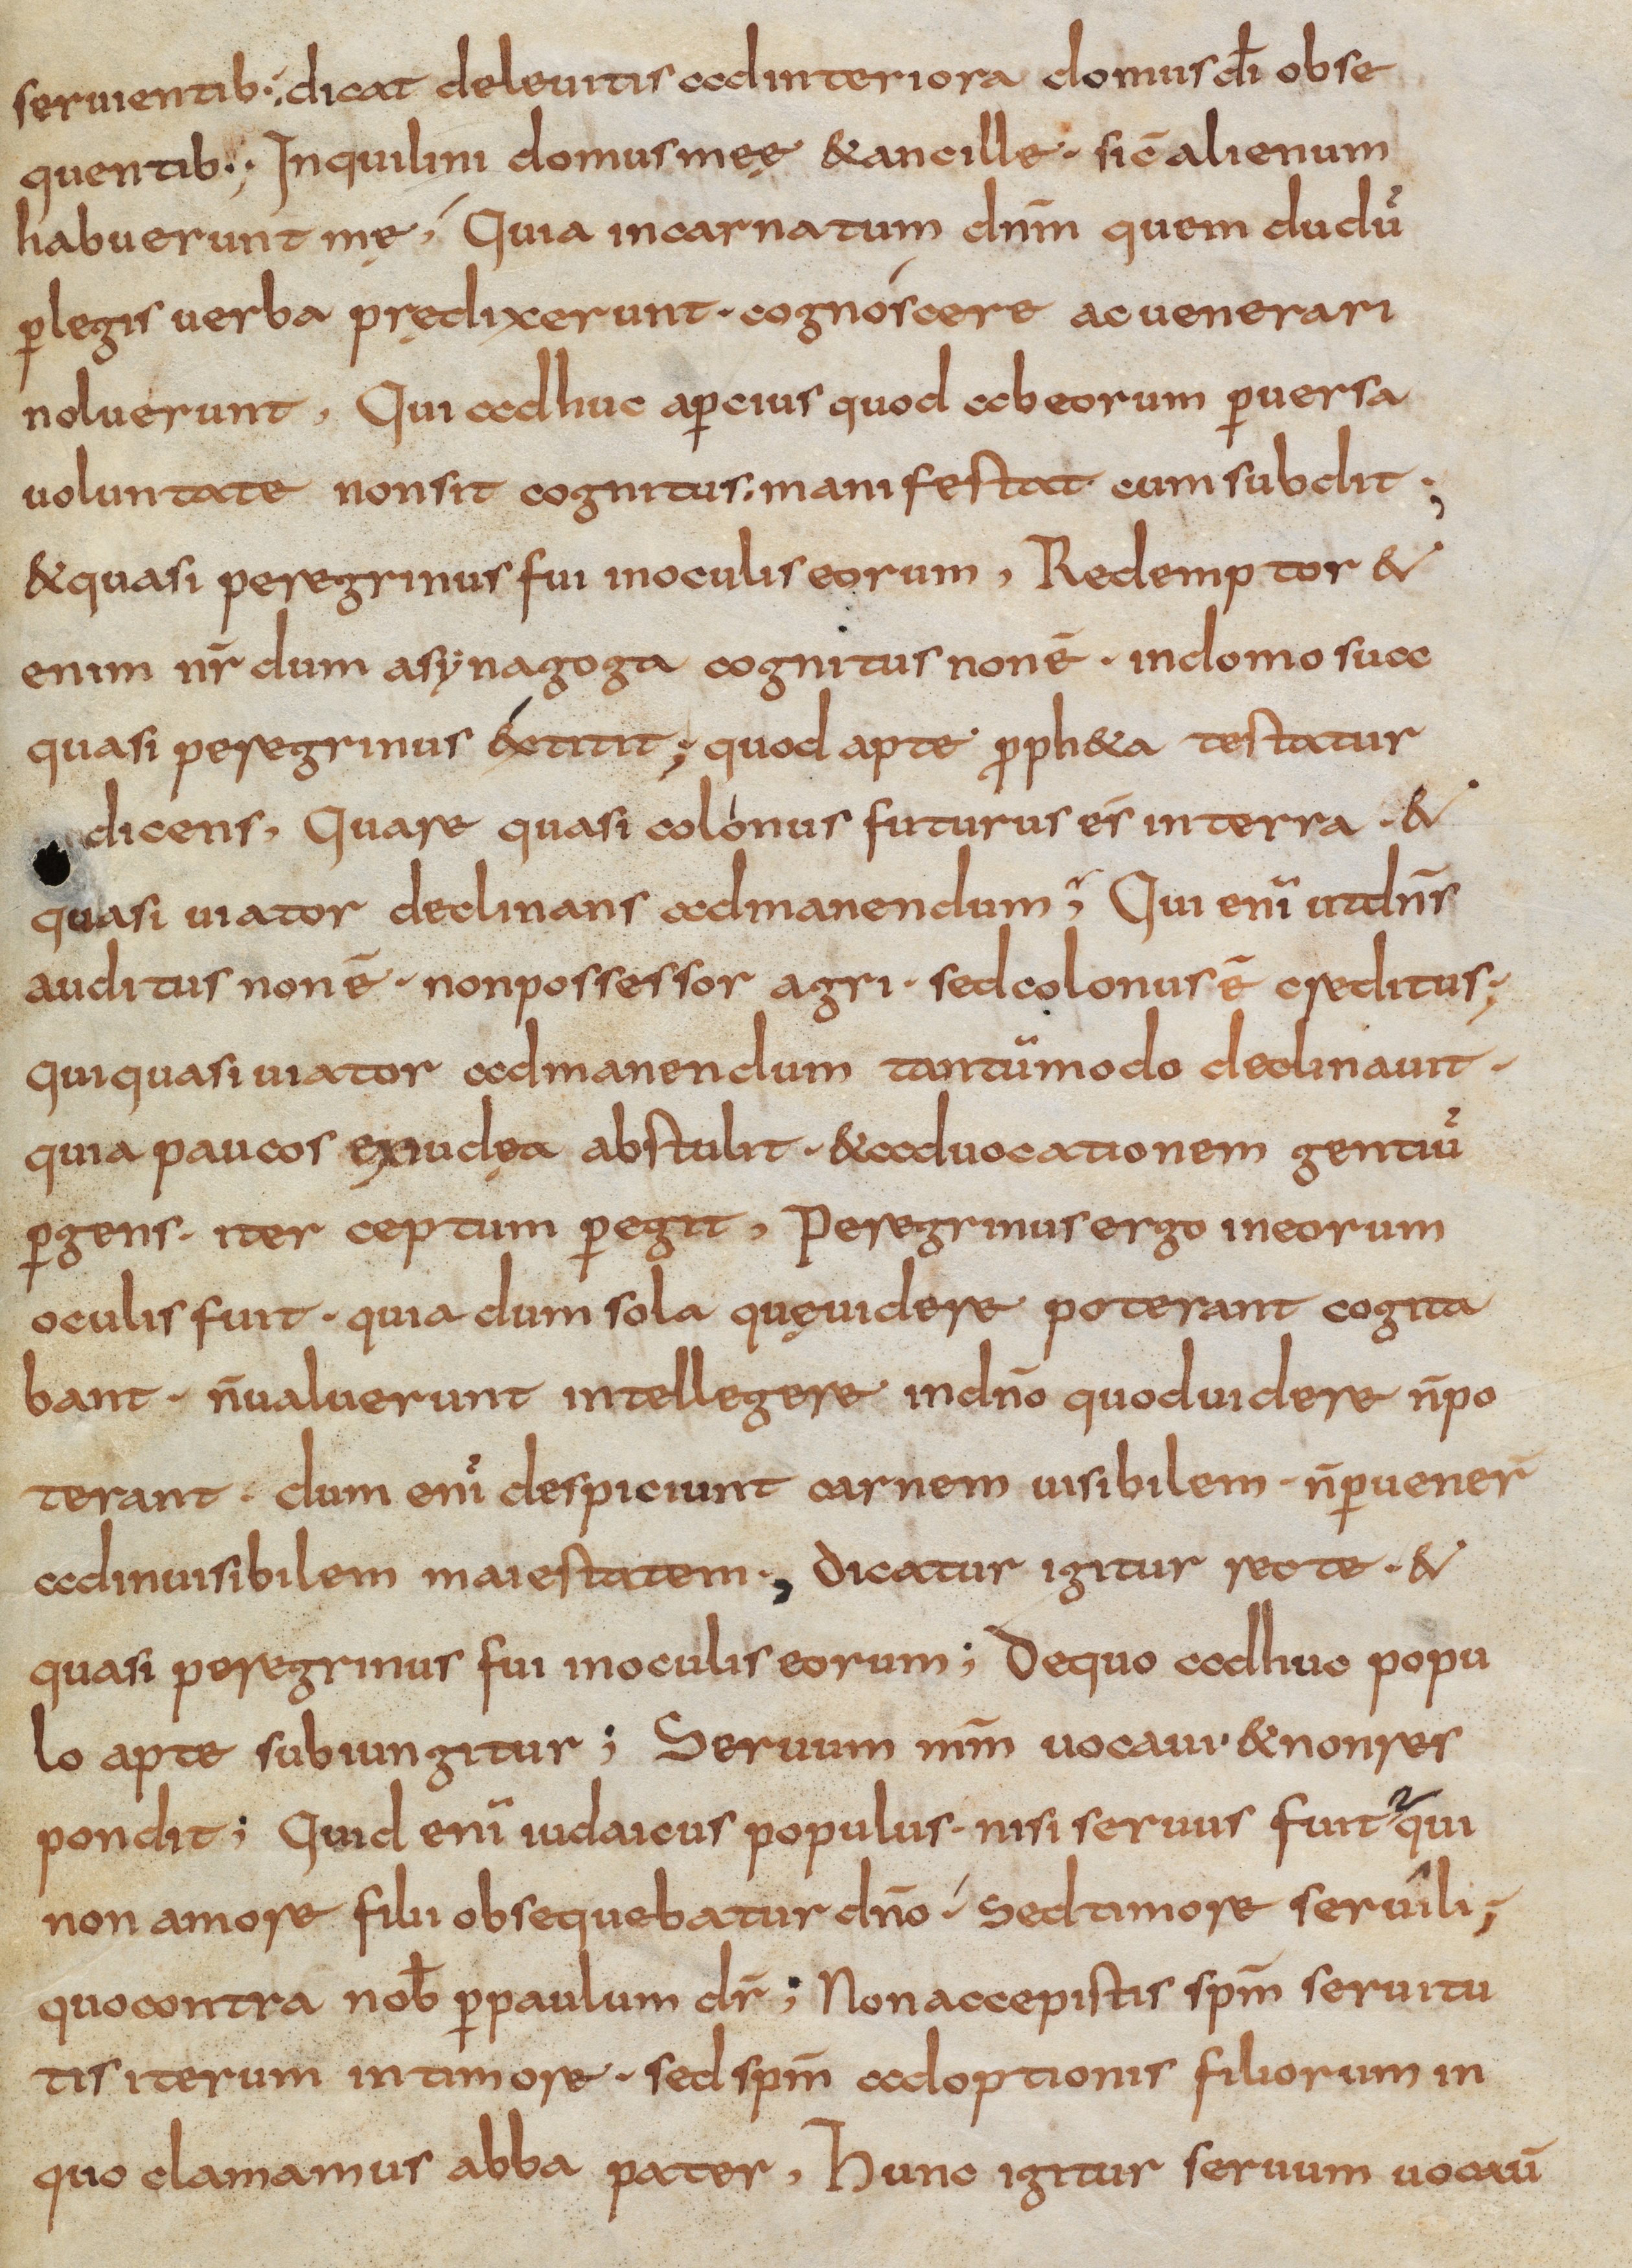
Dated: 800–832